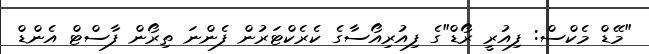
"މޭޑް މެކްސް: ފިއުރީ ރޯޑް"ގެ ފިއުރިއޯސާގެ ކެރެކްޓަރުން ފެންނަ ތިރޯން ފާސްޓް އެންޑް